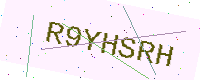
Text: R9YHSRH